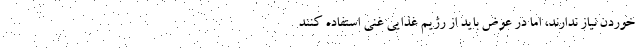
خوردن نیاز ندارند، اما در عوض باید از رژیم غذایی غنی استفاده کنند